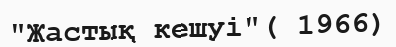
"Жастық кешуі"( 1966)